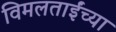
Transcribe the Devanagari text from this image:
विमलताईंच्या